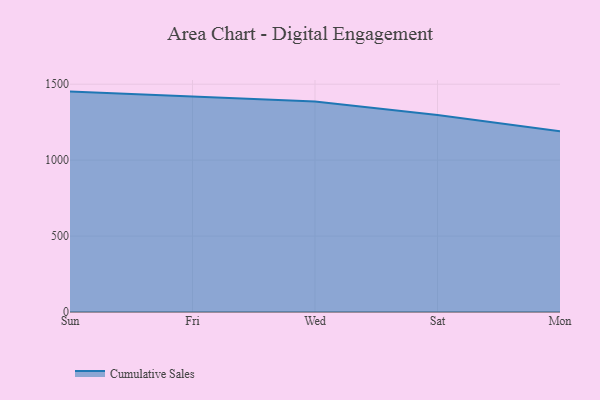
{"axis": {"x": "Day", "y": "Tickets Resolved"}, "legend": ["Cumulative Sales"], "data": [{"x": "Sun", "y": 1451.4, "type": "Cumulative Sales"}, {"x": "Fri", "y": 1418.8, "type": "Cumulative Sales"}, {"x": "Wed", "y": 1386.7, "type": "Cumulative Sales"}, {"x": "Sat", "y": 1297.3, "type": "Cumulative Sales"}, {"x": "Mon", "y": 1190.8, "type": "Cumulative Sales"}]}